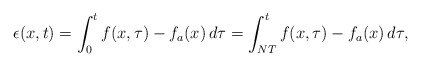
\begin{align*}\epsilon(x,t) = \int_0^t f(x,\tau) - f_a(x) \,d\tau = \int_{NT}^t f(x,\tau) - f_a(x) \,d\tau,\end{align*}